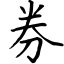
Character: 券